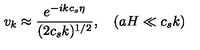
v _ { k } \approx { \frac { e ^ { - i k c _ { s } \eta } } { ( 2 c _ { s } k ) ^ { 1 / 2 } } } , \quad ( a H \ll c _ { s } k )